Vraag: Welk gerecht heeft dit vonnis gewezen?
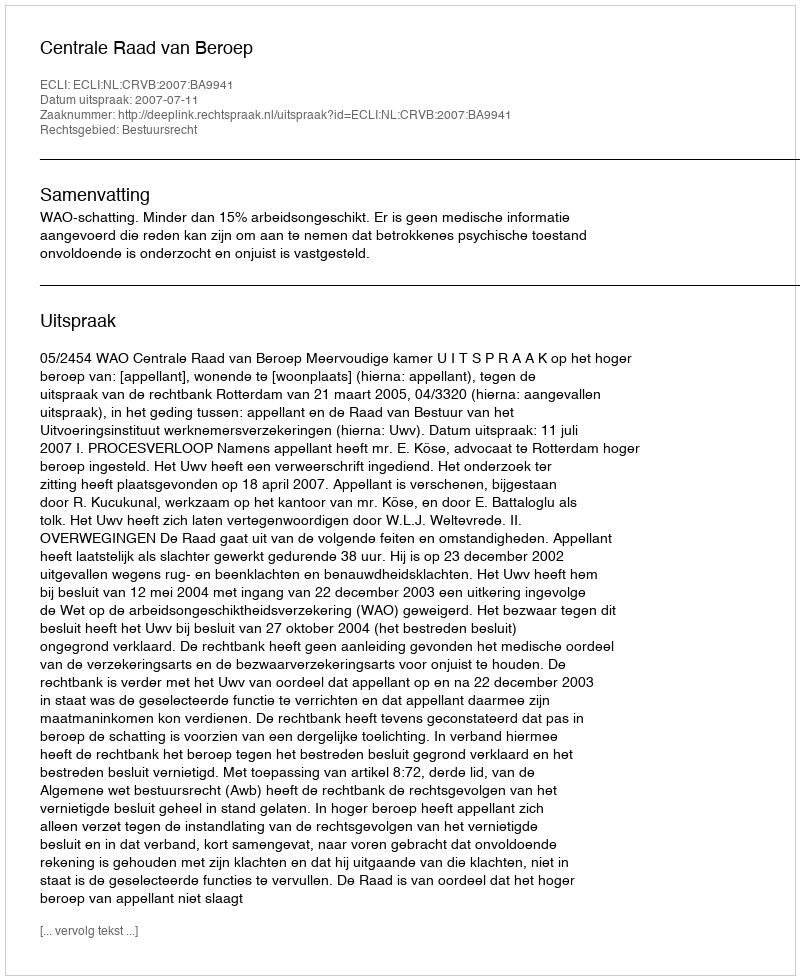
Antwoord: Centrale Raad van Beroep